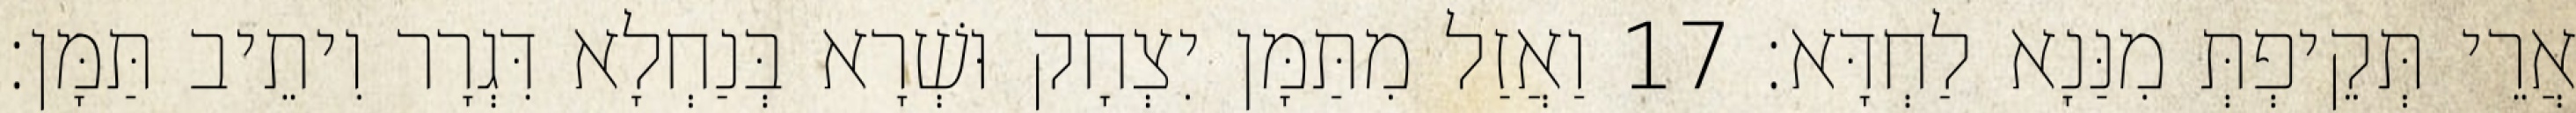
אֲרֵי תְּקֵיפְתְּ מִנַּנָא לַחְדָּא׃ 17 וַאֲזַל מִתַּמָּן יִצְחָק וּשְׁרָא בְּנַחְלָא דִּגְרָר וִיתֵיב תַּמָּן׃